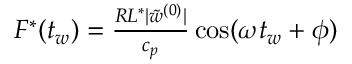
\begin{array} { r } { \leavevmode { F ^ { * } ( t _ { w } ) = \frac { R L ^ { * } | \tilde { w } ^ { ( 0 ) } | } { c _ { p } } \cos ( \omega t _ { w } + \phi ) } } \end{array}